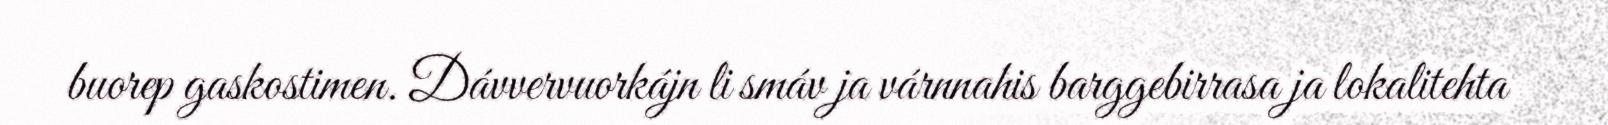
buorep gaskostimen. Dávvervuorkájn li smáv ja várnnahis barggebirrasa ja lokalitehta